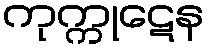
ကုက္ကုဋေန